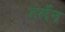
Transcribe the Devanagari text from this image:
हर्लेन